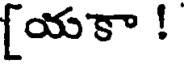
[యకా !